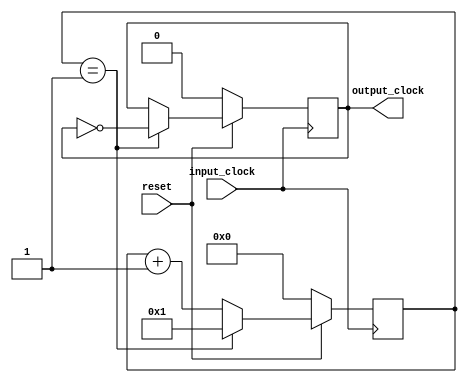
module clock_divider #
(
    parameter clock_division = 2
)
(
    input wire reset,
    input wire input_clock,
    output wire output_clock
); 
    reg[7:0] counter;
    reg output_clock_value;
    
    assign output_clock =  clock_division == 1 ? input_clock & reset : output_clock_value; 

    
    always @(posedge input_clock)
    begin
         if(~reset)
         begin
             counter <= 0;
             output_clock_value <= 0;
         end
         else
         begin
             if(counter == clock_division - 1)
             begin
                 output_clock_value <= ~output_clock_value;
                 counter <= 1;
             end
             else
                 counter <= counter + 1;
         end
    end
    
endmodule